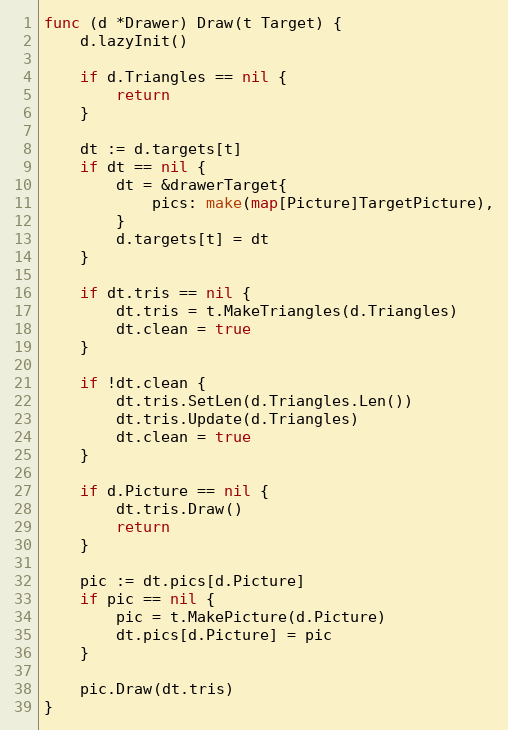
Language: Go
func (d *Drawer) Draw(t Target) {
	d.lazyInit()

	if d.Triangles == nil {
		return
	}

	dt := d.targets[t]
	if dt == nil {
		dt = &drawerTarget{
			pics: make(map[Picture]TargetPicture),
		}
		d.targets[t] = dt
	}

	if dt.tris == nil {
		dt.tris = t.MakeTriangles(d.Triangles)
		dt.clean = true
	}

	if !dt.clean {
		dt.tris.SetLen(d.Triangles.Len())
		dt.tris.Update(d.Triangles)
		dt.clean = true
	}

	if d.Picture == nil {
		dt.tris.Draw()
		return
	}

	pic := dt.pics[d.Picture]
	if pic == nil {
		pic = t.MakePicture(d.Picture)
		dt.pics[d.Picture] = pic
	}

	pic.Draw(dt.tris)
}